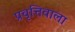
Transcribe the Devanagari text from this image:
प्रवृत्तिवाला